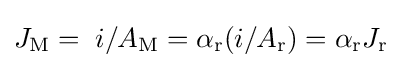
J_{\mathrm {M} }=\;i/A_{\mathrm {M} }=\alpha _{\mathrm {r} }(i/A_{\mathrm {r} })=\alpha _{\mathrm {r} }J_{\mathrm {r} }